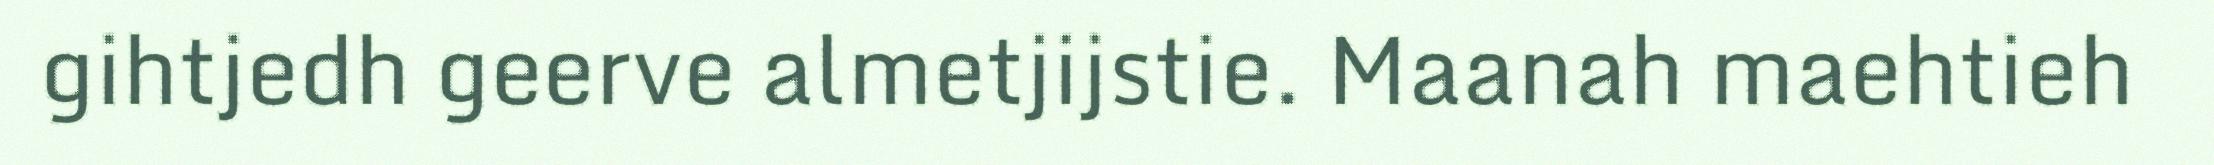
gihtjedh geerve almetjijstie. Maanah maehtieh